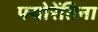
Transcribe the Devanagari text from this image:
फ्योरेंतिना